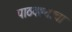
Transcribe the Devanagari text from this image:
पाठवल्याचा